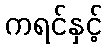
ကရင်နှင့်